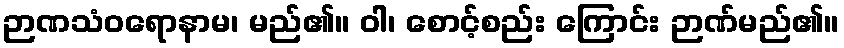
ဉာဏသံဝရောနာမ၊ မည်၏။ ဝါ၊ စောင့်စည်း ကြောင်း ဉာဏ်မည်၏။